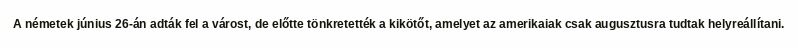
A németek június 26-án adták fel a várost, de előtte tönkretették a kikötőt, amelyet az amerikaiak csak augusztusra tudtak helyreállítani.